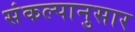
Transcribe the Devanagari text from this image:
संकल्पानुसार